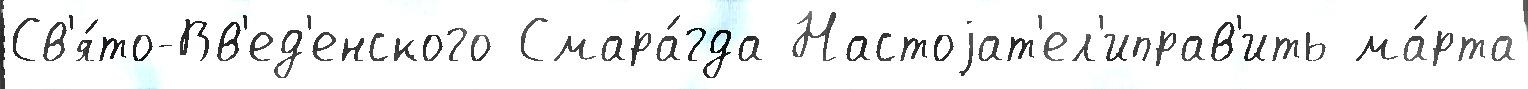
Св'я́то-Вв'ед'енского Смара́гда Настоjат'ел'иправ'ить ма́рта